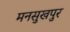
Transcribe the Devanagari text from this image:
मनसुखपुर